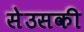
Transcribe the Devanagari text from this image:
सेउसकी